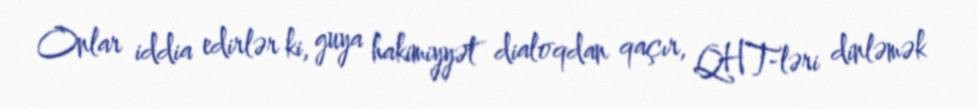
Onlar iddia edirlər ki, guya hakimiyyət dialoqdan qaçır, QHT-ləri dinləmək